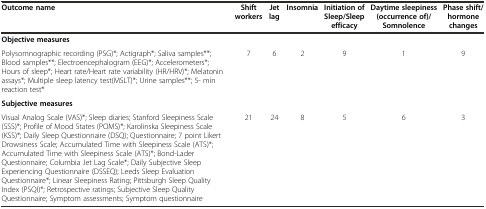
<table><thead><tr><td><b>Outcome name</b></td><td><b>Shift workers</b></td><td><b>Jet lag</b></td><td><b>Insomnia</b></td><td><b>Initiation of Sleep/Sleep efficacy</b></td><td><b>Daytime sleepiness (occurrence of)/Somnolence</b></td><td><b>Phase shift/hormone changes</b></td></tr></thead><tbody><tr><td colspan="7"><b>Objective measures</b></td></tr><tr><td>Polysomnographic recording (PSG)*; Actigraph*; Saliva samples**; Blood samples**; Electroencephalogram (EEG)*; Accelerometers*; Hours of sleep*; Heart rate/Heart rate variability (HR/HRV)*; Melatonin assays*; Multiple sleep latency test(MSLT)*; Urine samples**; 5- min reaction test*</td><td>7</td><td>6</td><td>2</td><td>9</td><td>1</td><td>9</td></tr><tr><td colspan="7"><b>Subjective measures</b></td></tr><tr><td>Visual Analog Scale (VAS)*; Sleep diaries; Stanford Sleepiness Scale (SSS)*; Profile of Mood States (POMS)*; Karolinska Sleepiness Scale (KSS)*; Daily Sleep Questionnaire (DSQ); Questionnaire; 7 point Likert Drowsiness Scale; Accumulated Time with Sleepiness Scale (ATS)*; Accumulated Time with Sleepiness Scale (ATS)*; Bond-Lader Questionnaire; Columbia Jet Lag Scale*; Daily Subjective Sleep Experiencing Questionnaire (DSSEQ); Leeds Sleep Evaluation Questionnaire*; Linear Sleepiness Rating; Pittsburgh Sleep Quality Index (PSQI)*; Retrospective ratings; Subjective Sleep Quality Questionnaire; Symptom assessments; Symptom questionnaire</td><td>21</td><td>24</td><td>8</td><td>5</td><td>6</td><td>3</td></tr></tbody></table>